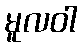
မူလဝါ